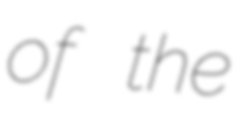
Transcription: of the